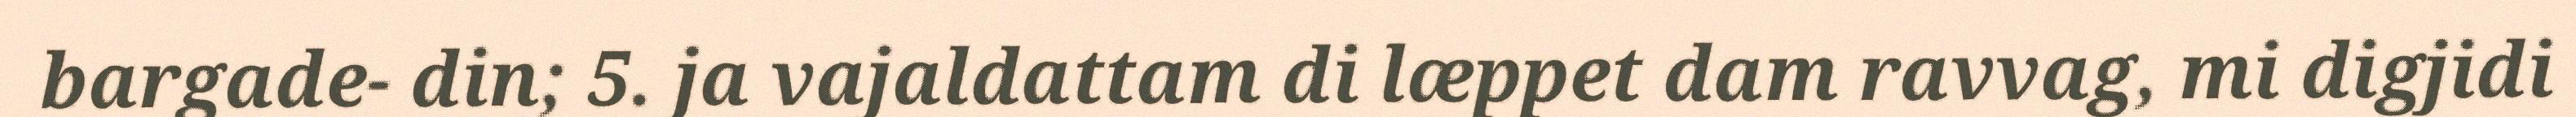
bargade- din; 5. ja vajaldattam di læppet dam ravvag, mi digjidi